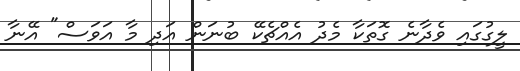
ލީގުގައި ވެދާނެ ގޮތަކާ މެދު އެއްޗެކޭ ބުނަން އަދި މާ އަވަސް" އޭނާ